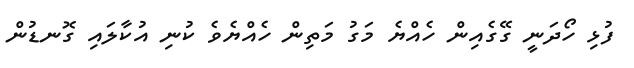
ފުޅި ހޯދަނީ ގޭގެއިން ހެއްޔެެ މަގު މަތިން ހެއްޔެވެ ކުނި އުކާލައި ގޮނޑުން